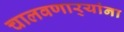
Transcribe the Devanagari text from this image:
चालवणार्‍यांना